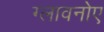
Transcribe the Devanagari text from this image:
ग्लावनोए